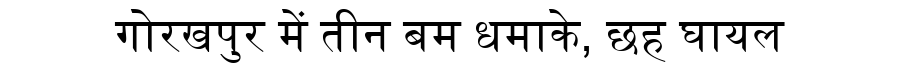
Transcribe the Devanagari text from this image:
गोरखपुर में तीन बम धमाके, छह घायल